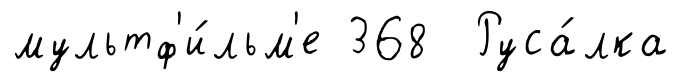
мультф'и́льм'е 368 Руса́лка